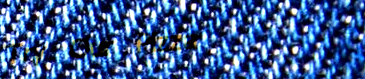
Try Our Pizza